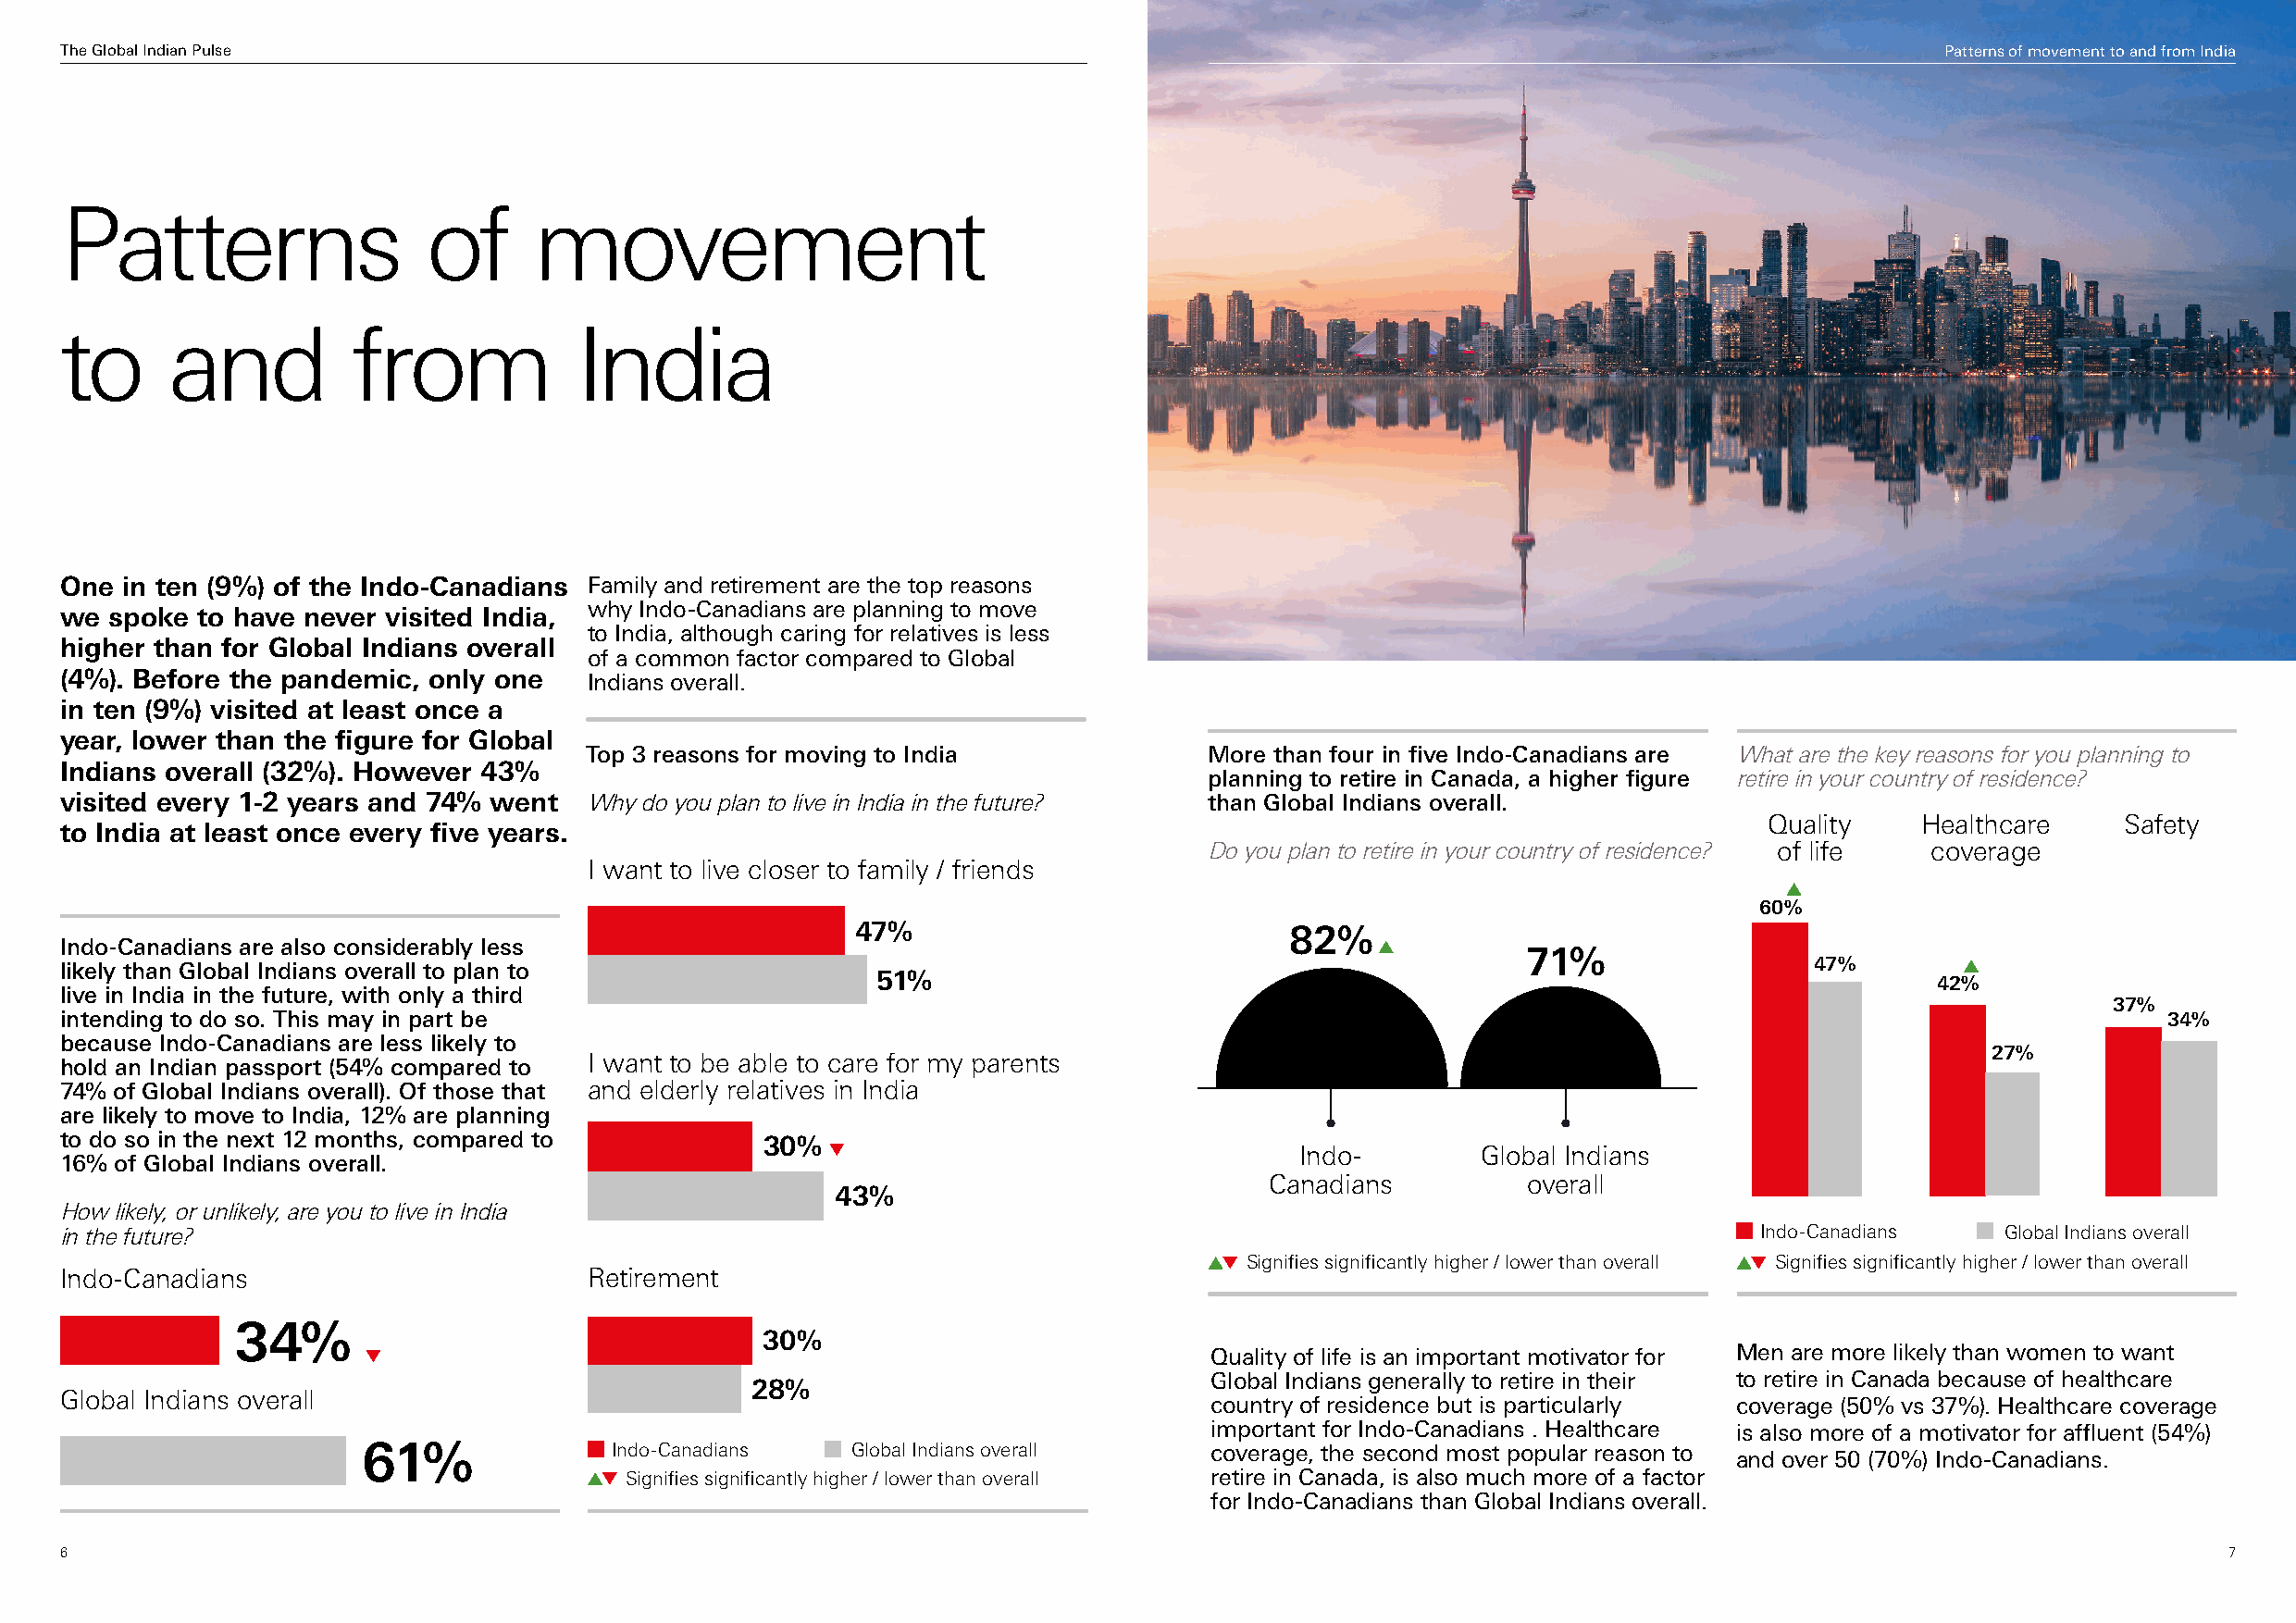
The Global Indian Pulse                                                                                                                Patterns of movement to and from India
 Patterns                  of      movement
 to      and          from            India
 One  in ten (9%) of the Indo-Canadians Family and retirement are the top reasons
 why Indo-Canadians are planning to move
 we  spoke to have never visited India,
 to India, although caring for relatives is less
 higher than for Global Indians overall
 of a common factor compared to Global
 (4%). Before the pandemic, only one   Indians overall.
 in ten (9%) visited at least once a
 year, lower than the figure for Global
 Top 3 reasons for moving to India           More than four in five Indo-Canadians are What are the key reasons for you planning to
 Indians overall (32%). However 43%
 planning to retire in Canada, a higher figure retire in your country of residence?
 visited every 1-2 years and 74% went  Why do you plan to live in India in the future? than Global Indians overall.
 Quality    Healthcare     Safety
 to India at least once every five years.
 Do you plan to retire in your country of residence? of life coverage
 I want to live closer to family / friends
 60%
 47%                            82%
 Indo-Canadians are also considerably less
 71%
 likely than Global Indians overall to plan to                                                                                 47%
 51%
 42%
 live in India in the future, with only a third
 37%
 intending to do so. This may in part be                                                                                                                34%
 because Indo-Canadians are less likely to
 27%
 I want to be able to care for my parents
 hold an Indian passport (54% compared to
 74% of Global Indians overall). Of those that and elderly relatives in India
 are likely to move to India, 12% are planning
 to do so in the next 12 months, compared to        30%
 Indo-        Global Indians
 16% of Global Indians overall.
 Canadians         overall
 43%
 How likely, or unlikely, are you to live in India
 in the future?                                                                                                            Indo-Canadians   Global Indians overall
 Signifies significantly higher / lower than overall Signifies significantly higher / lower than overall
 Indo-Canadians                        Retirement
 34%
 30%
 Quality of life is an important motivator for Men are more likely than women to want
 Global Indians generally to retire in their to retire in Canada because of healthcare
 28%
 Global Indians overall
 country of residence but is particularly coverage (50% vs 37%). Healthcare coverage
 important for Indo-Canadians . Healthcare is also more of a motivator for affluent (54%)
 61%               Indo-Canadians   Global Indians overall    coverage, the second most popular reason to
 and over 50 (70%) Indo-Canadians.
 Signifies significantly higher / lower than overall retire in Canada, is also much more of a factor
 for Indo-Canadians than Global Indians overall.
 6                                                                                                                                                          7